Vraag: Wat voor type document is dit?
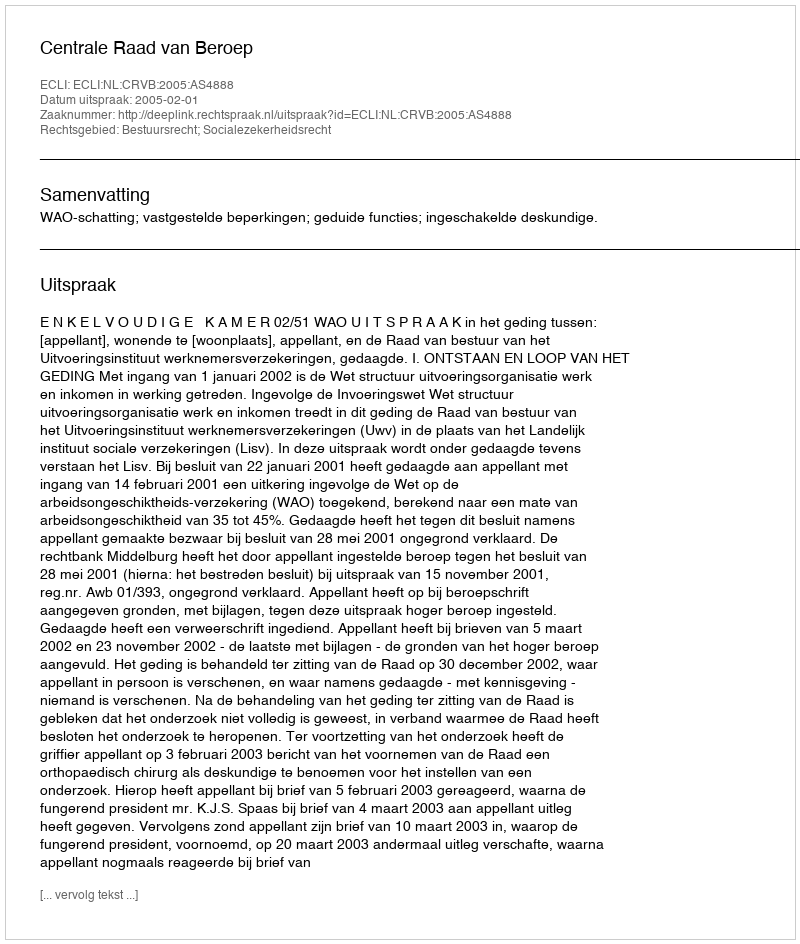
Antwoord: Uitspraak